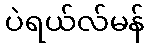
ပဲရယ်လ်မန်